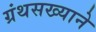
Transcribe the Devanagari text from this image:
ग्रंथसख्याने